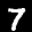
Label: 7